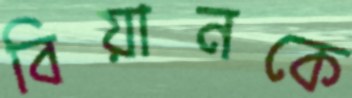
বিয়ানকে